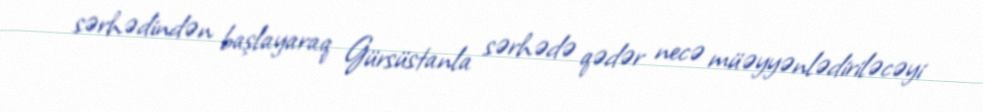
sərhədindən başlayaraq Gürsüstanla sərhədə qədər necə müəyyənlədiriləcəyi